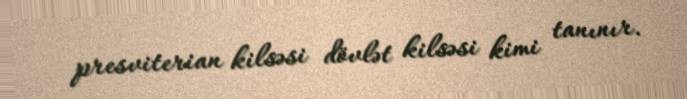
presviterian kilsəsi dövlət kilsəsi kimi tanınır.